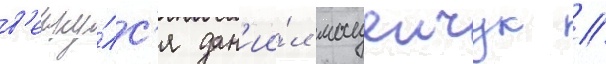
в'ерну́лс'я дан'ии́л мацеичук //